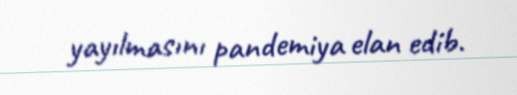
yayılmasını pandemiya elan edib.